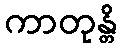
ကာတုန္တိ